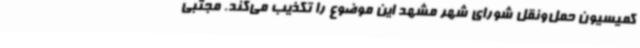
کمیسیون حمل‌ونقل شورای شهر مشهد این موضوع را تکذیب می‌کند. مجتبی